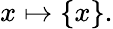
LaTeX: x\mapsto\{ x\} .